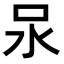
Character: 𭯶